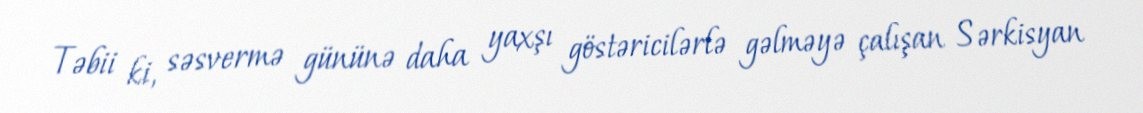
Təbii ki, səsvermə gününə daha yaxşı göstəricilərlə gəlməyə çalışan Sərkisyan